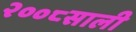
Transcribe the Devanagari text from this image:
२००८साली